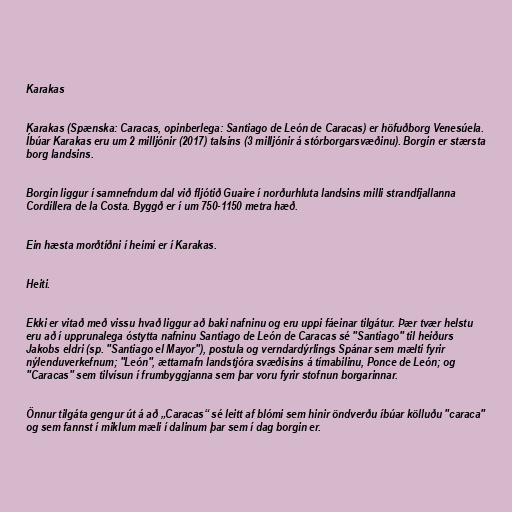
Karakas

Karakas (Spænska: Caracas, opinberlega: Santiago de León de Caracas) er höfuðborg Venesúela.
Íbúar Karakas eru um 2 milljónir (2017) talsins (3 milljónir á stórborgarsvæðinu). Borgin er stærsta
borg landsins.

Borgin liggur í samnefndum dal við fljótið Guaire í norðurhluta landsins milli strandfjallanna
Cordillera de la Costa. Byggð er í um 750-1150 metra hæð.

Ein hæsta morðtíðni í heimi er í Karakas.

Heiti.

Ekki er vitað með vissu hvað liggur að baki nafninu og eru uppi fáeinar tilgátur. Þær tvær helstu
eru að í upprunalega óstytta nafninu Santiago de León de Caracas sé "Santiago" til heiðurs
Jakobs eldri (sp. "Santiago el Mayor"), postula og verndardýrlings Spánar sem mælti fyrir
nýlenduverkefnum; "León", ættarnafn landstjóra svæðisins á tímabilinu, Ponce de León; og
"Caracas" sem tilvísun í frumbyggjanna sem þar voru fyrir stofnun borgarinnar.

Önnur tilgáta gengur út á að „Caracas“ sé leitt af blómi sem hinir öndverðu íbúar kölluðu "caraca"
og sem fannst í miklum mæli í dalinum þar sem í dag borgin er.